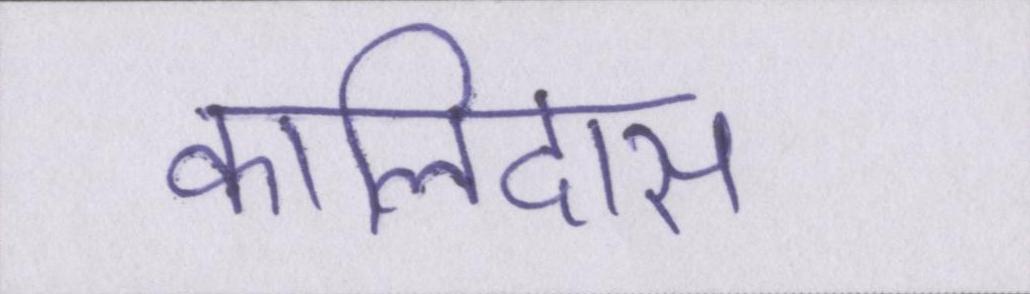
कालिदास